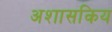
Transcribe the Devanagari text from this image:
अशासकिय